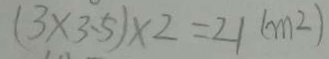
( 3 \times 3 . 5 ) \times 2 = 2 1 ( m ^ { 2 } )